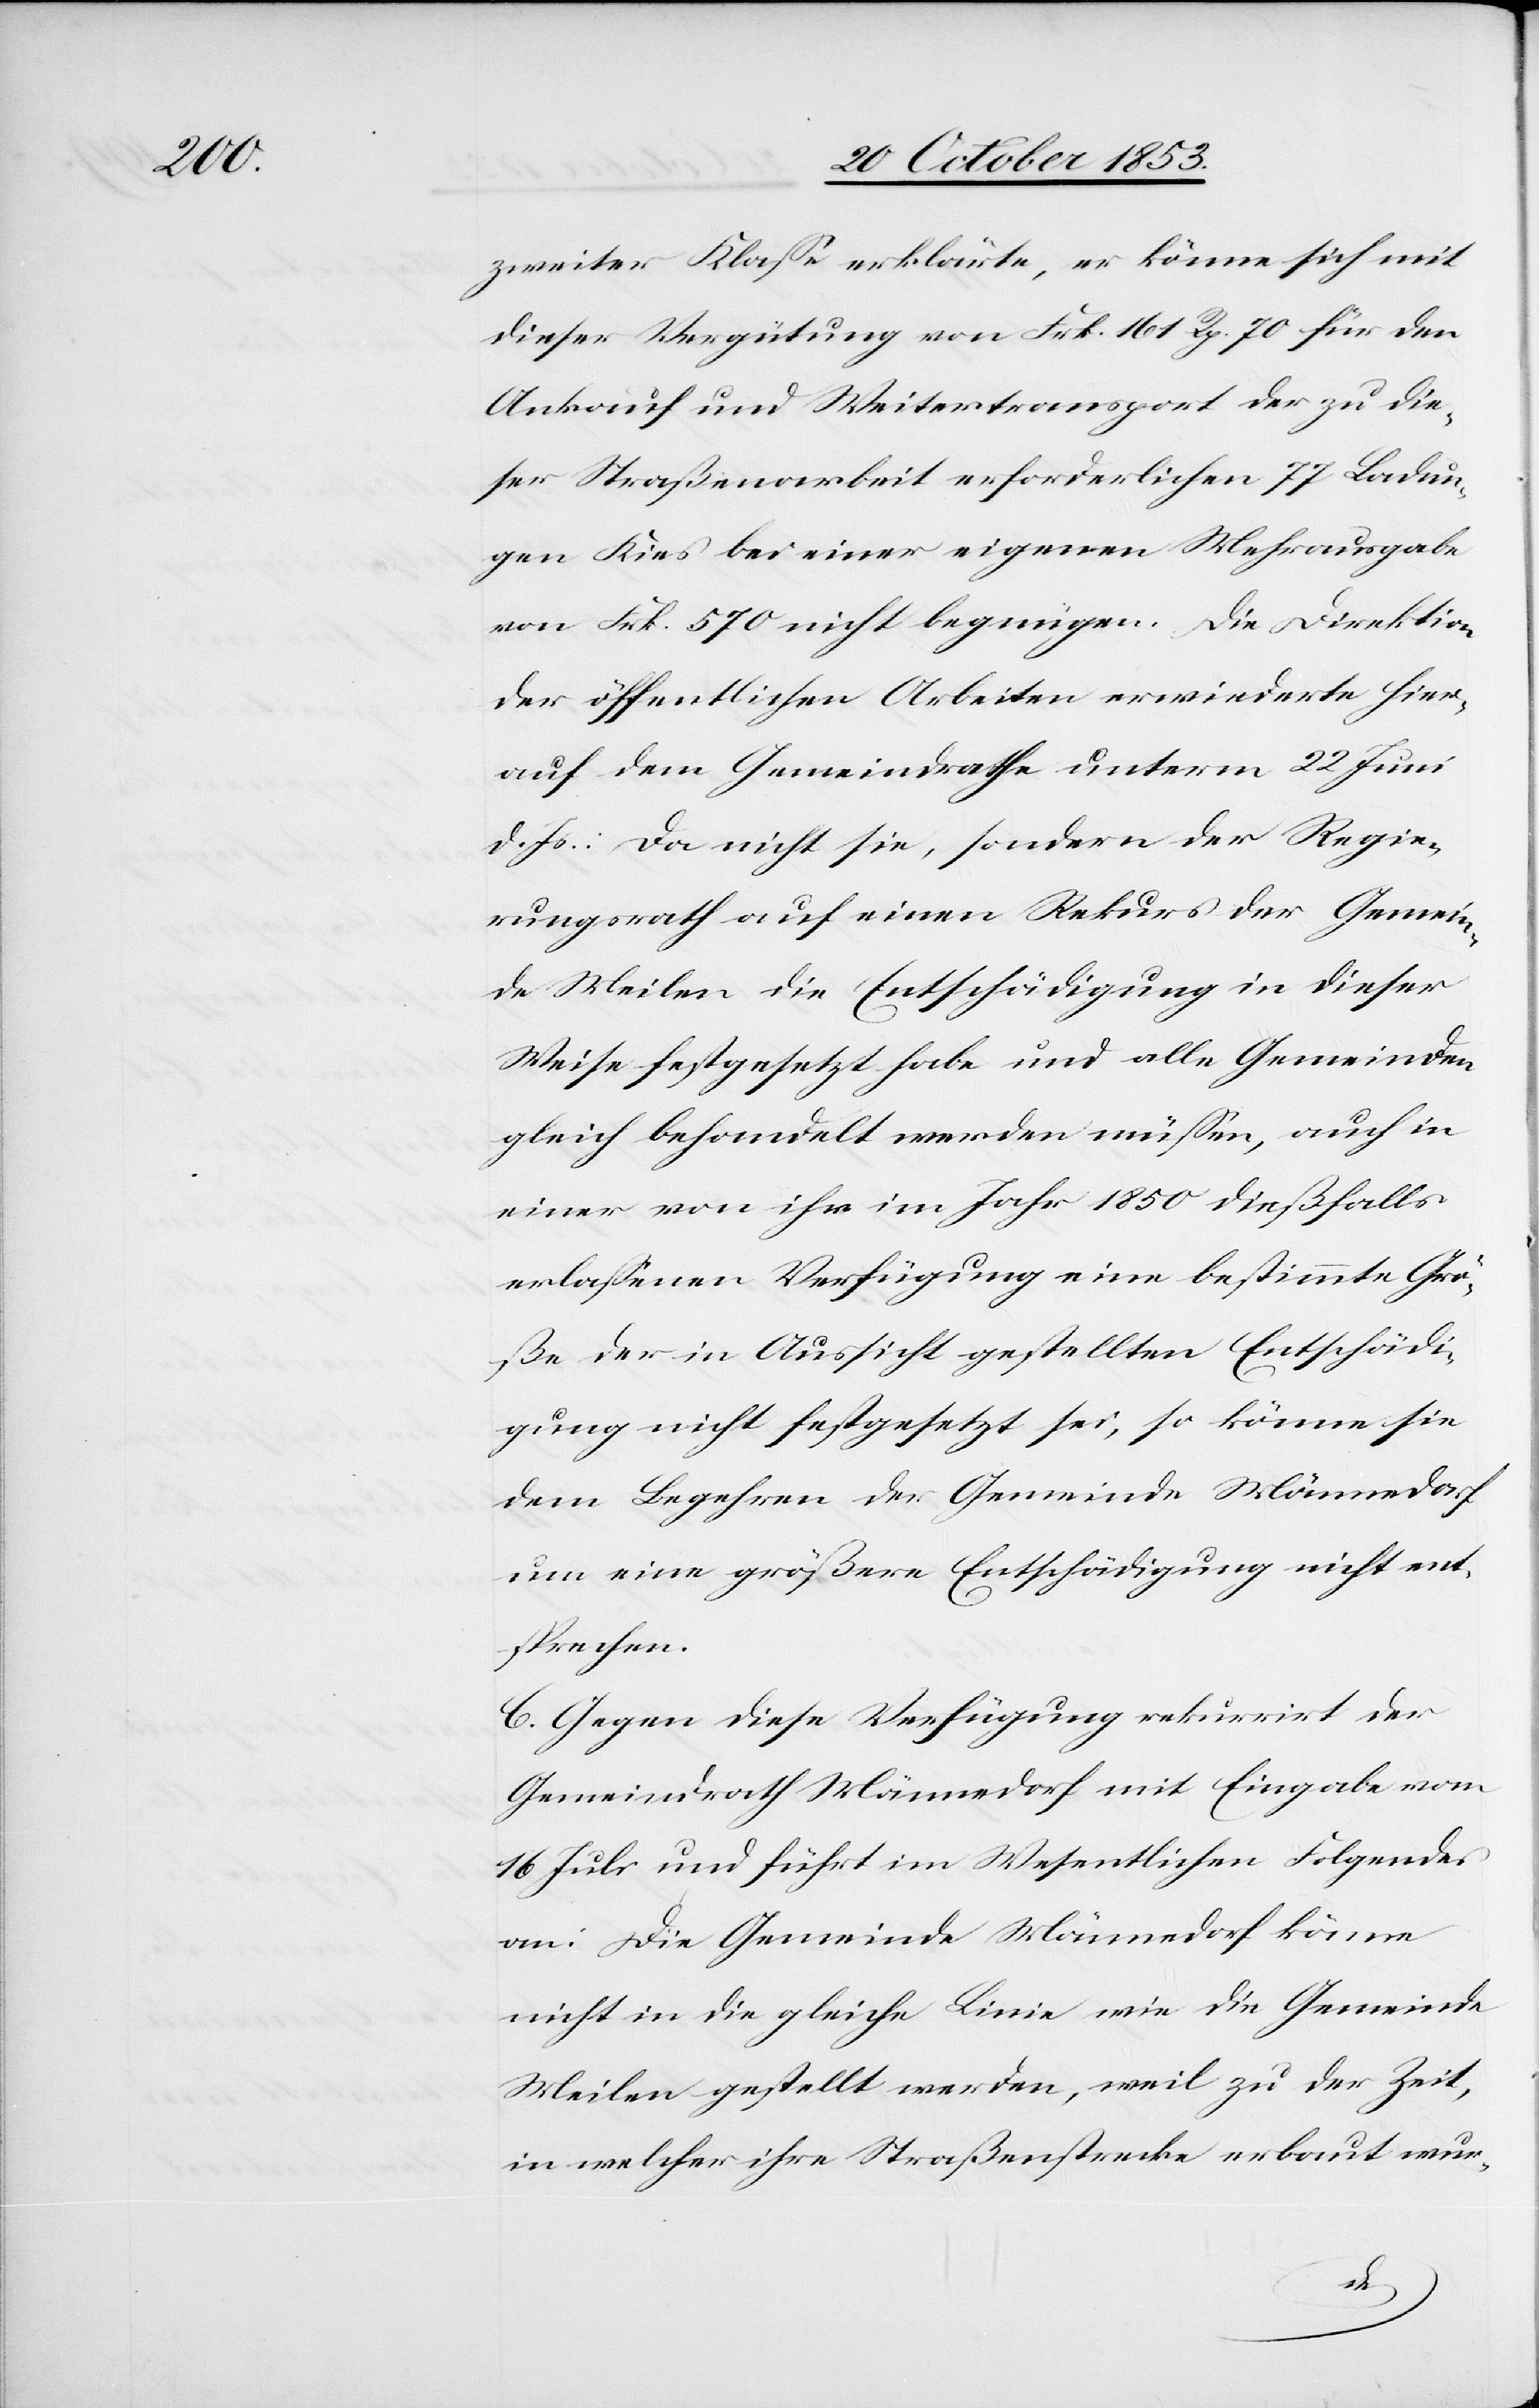
zweiter Klaße erklärte, er könne sich mit
dieser Vergütung von Frk. 161 Rp. 70 für den
Ankauf und Weitertransport der zu die¬
ser Straßenarbeit erforderlichen 77 Ladun¬
gen Kies bei einer eigenen Mehrausgabe
von Frk. 570 nicht begnügen. Die Direktion
der öffentlichen Arbeiten erwiederte hier¬
auf dem Gemeindrathe unterm 22 Juni
d. Js.: Da nicht sie, sondern der Regie¬
rungsrath auf einen Rekurs der Gemein¬
de Meilen die Entschädigung in dieser
Weise festgesetzt habe und alle Gemeinden
gleich behandelt werden müßen, auch in
einer von ihr im Jahr 1850 dießfalls
erlaßenen Verfügung eine bestimmte Grö¬
ße der in Aussicht gestellten Entschädi¬
gung nicht festgesetzt sei, so könne sie
dem Begehren der Gemeinde Männedorf
um eine größere Entschädigung nicht ent¬
sprechen.
C. Gegen diese Verfügung rekurrirt der
Gemeindrath Männedorf mit Eingabe vom
16 Juli und führt im Wesentlichen Folgendes
an: Die Gemeinde Männedorf könne
nicht in die gleiche Linie wie die Gemeinde
Meilen gestellt werden, weil zu dieser Zeit,
in welcher ihre Straßenstrecke erbaut wur-